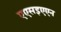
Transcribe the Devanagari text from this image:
एएसइएएन